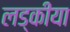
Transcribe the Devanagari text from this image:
लड्कीया